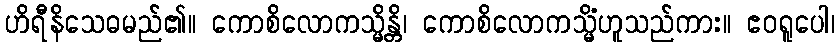
ဟိရီနိသေဓမည်၏။ ကောစိလောကသ္မိန္တိ၊ ကောစိလောကသ္မိံဟူသည်ကား။ ဧဝရူပေါ၊